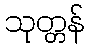
သုတ္တန်